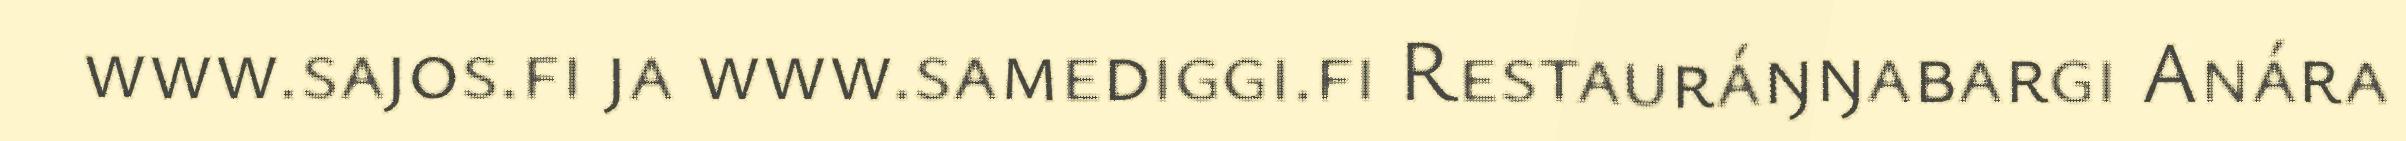
www.sajos.fi ja www.samediggi.fi Restauráŋŋabargi Anára